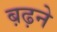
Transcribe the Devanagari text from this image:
ब़ढ़ने